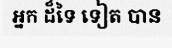
អ្នក ដ៏ទៃ ទៀត បាន